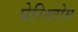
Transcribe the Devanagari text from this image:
पेरिस्टोम